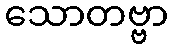
သောတဗ္ဗာ